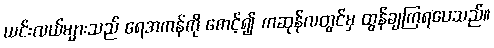
ယင်းလယ်များသည် ရေအကန်ကို စောင့်၍ ကဆုန်လတွင်မှ ထွန်ချကြရပေသည်။